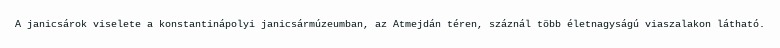
A janicsárok viselete a konstantinápolyi janicsármúzeumban, az Atmejdán téren, száznál több életnagyságú viaszalakon látható.